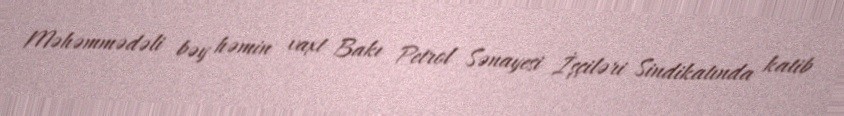
Məhəmmədəli bəy həmin vaxt Bakı Petrol Sənayesi İşçiləri Sindikatında katib